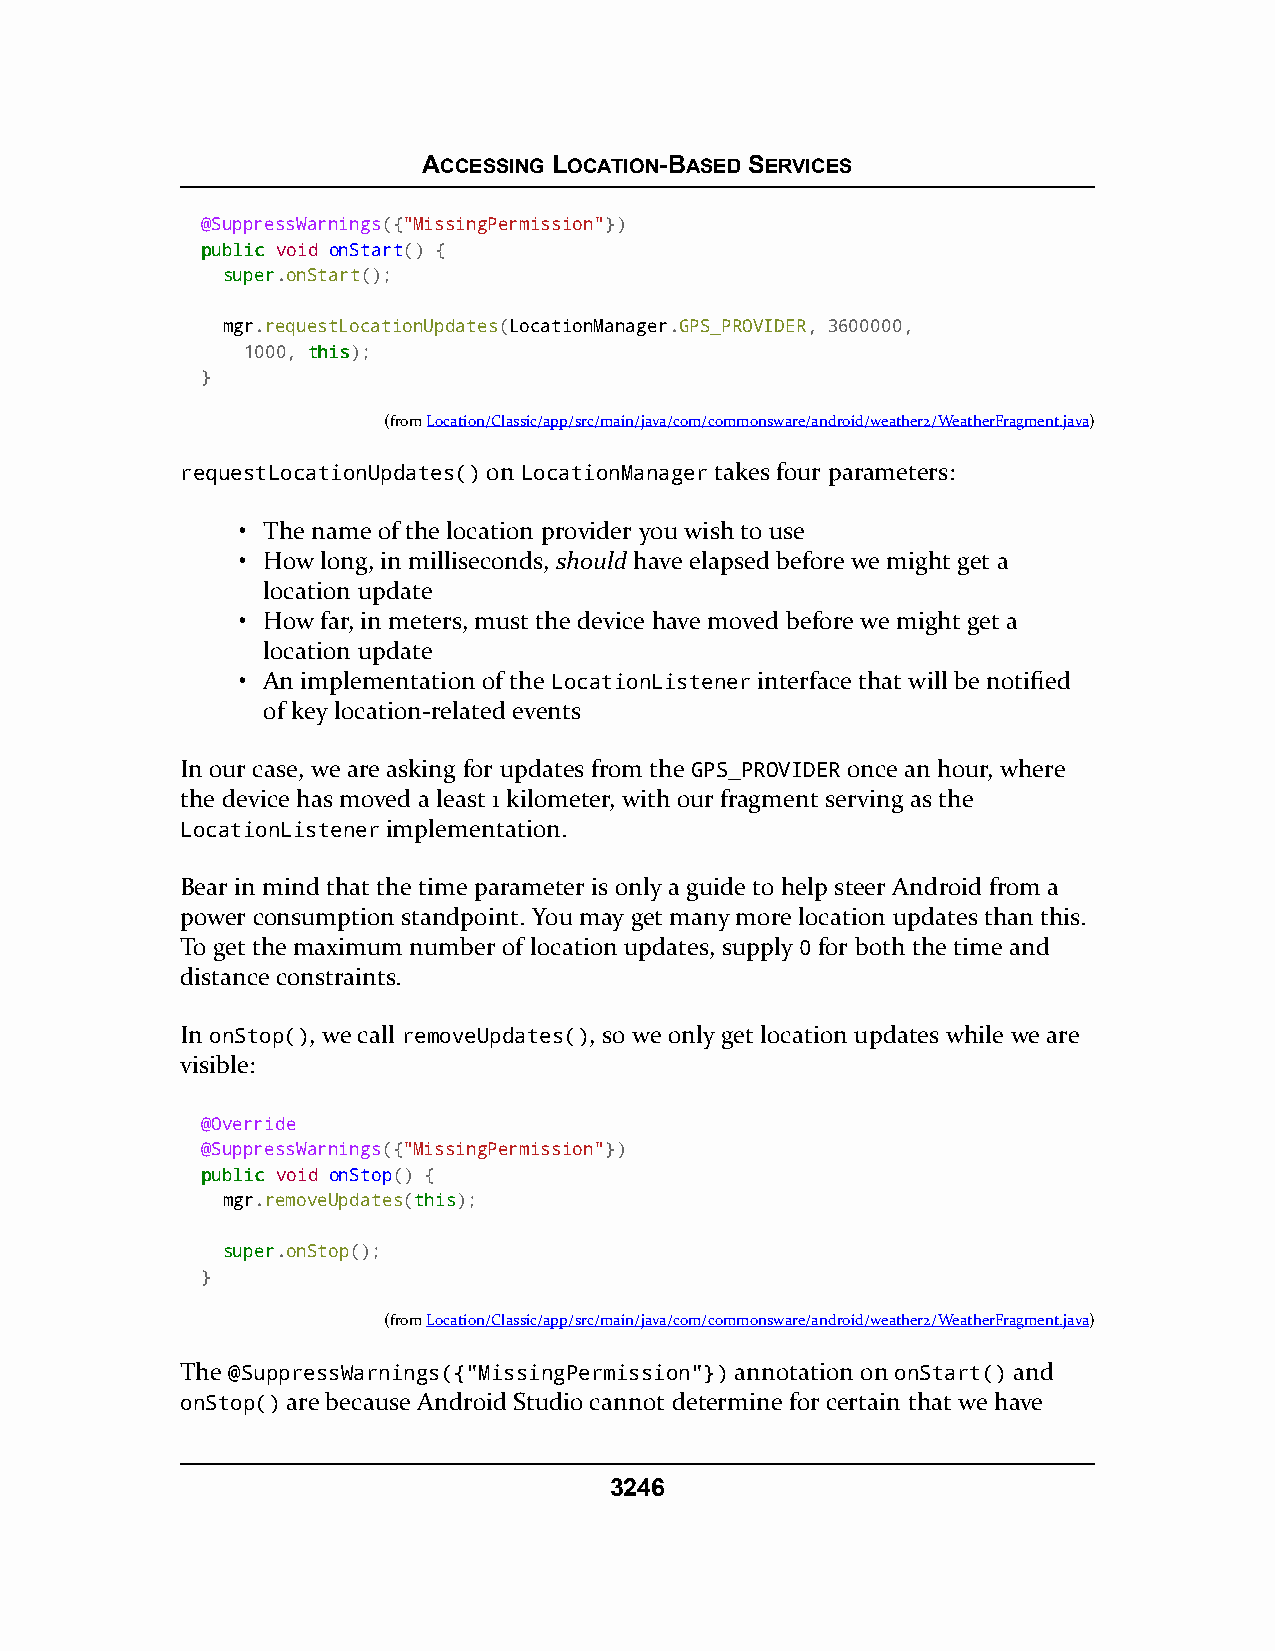
ACCESSING LOCATION-BASED SERVICES
 @SuppressWarnings({"MissingPermission"})
 ppuubblliicc void onStart() {
 ssuuppeerr.onStart();
 mgr.requestLocationUpdates(LocationManager.GPS_PROVIDER, 3600000,
 1000, tthhiiss);
 }
 (fromLocation/Classic/app/src/main/java/com/commonsware/android/weather2/WeatherFragment.java)
 requestLocationUpdates() on LocationManager takes four parameters:
 • The name of the location provider you wish to use
 • How long, in milliseconds, should have elapsed before we might get a
 location update
 • How far, in meters, must the device have moved before we might get a
 location update
 • An implementation of the LocationListener interface that will be notified
 of key location-related events
 In our case, we are asking for updates from the GPS_PROVIDER once an hour, where
 the device has moved a least 1 kilometer, with our fragment serving as the
 LocationListener implementation.
 Bear in mind that the time parameter is only a guide to help steer Android from a
 power consumption standpoint. You may get many more location updates than this.
 To get the maximum number of location updates, supply 0 for both the time and
 distance constraints.
 In onStop(), we call removeUpdates(), so we only get location updates while we are
 visible:
 @Override
 @SuppressWarnings({"MissingPermission"})
 ppuubblliicc void onStop() {
 mgr.removeUpdates(tthhiiss);
 ssuuppeerr.onStop();
 }
 (fromLocation/Classic/app/src/main/java/com/commonsware/android/weather2/WeatherFragment.java)
 The @SuppressWarnings({"MissingPermission"}) annotation on onStart() and
 onStop() are because Android Studio cannot determine for certain that we have
 3246